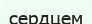
сердцем